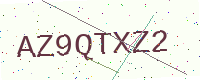
Text: AZ9QTXZ2